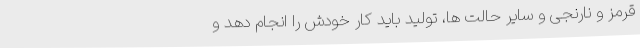
قرمز و نارنجی و سایر حالت‌ ها، تولید باید کار خودش را انجام دهد و